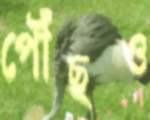
পৌঁছও